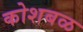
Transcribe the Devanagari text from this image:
कोशबळ